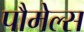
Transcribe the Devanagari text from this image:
पौमेल्स